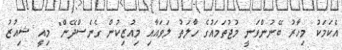
އެކަމަކު މިހާރު ބޭނުންވަނީ މުޖުތަމައުގެ ހާލަތު ލަވައާއި މިއުޒިކުން ގެނެސްދޭން" މިއީ ޝިއުޒު